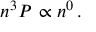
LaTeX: n ^ { 3 } P _ { \mathrm { \Phi } } \propto n ^ { 0 } \, .